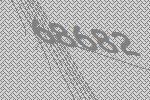
68682